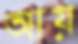
আয়